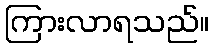
ကြားလာရသည်။